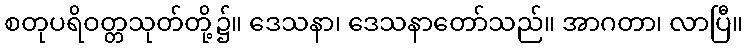
စတုပရိဝတ္တသုတ်တို့၌။ ဒေသနာ၊ ဒေသနာတော်သည်။ အာဂတာ၊ လာပြီ။